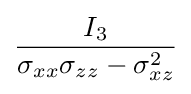
{\frac {I_{3}}{\sigma _{xx}\sigma _{zz}-\sigma _{xz}^{2}}}